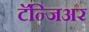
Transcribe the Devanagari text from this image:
टॅन्जिअर